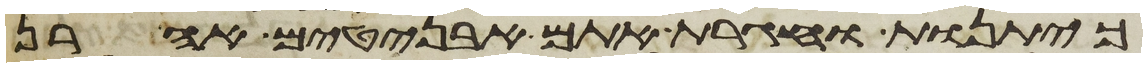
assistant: כיתנות וחגרת אתם אבניטים אהרן